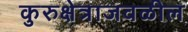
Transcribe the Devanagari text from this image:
कुरुक्षेत्राजवळील